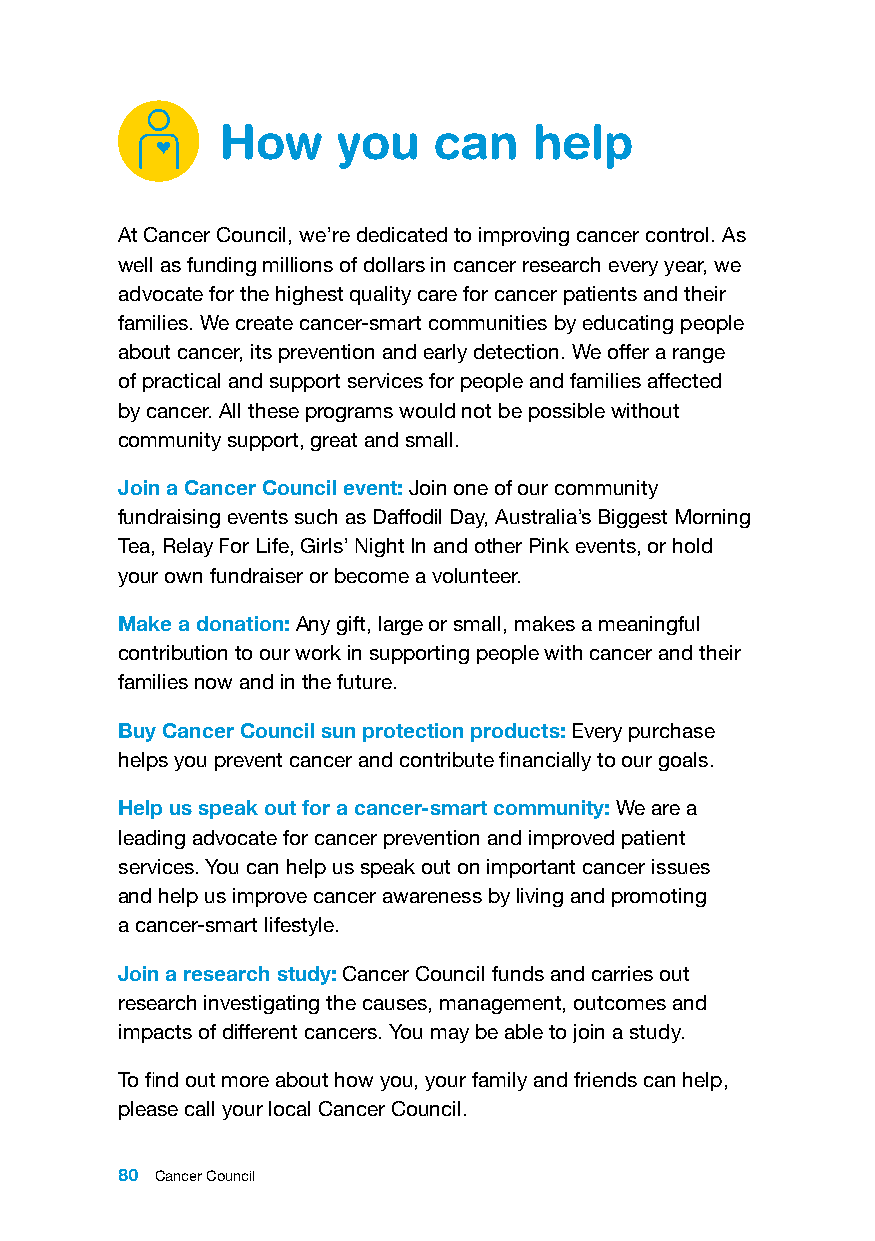
How     you    can   help
 At Cancer Council, we’re dedicated to improving cancer control. As
 well as funding millions of dollars in cancer research every year, we
 advocate for the highest quality care for cancer patients and their
 families. We create cancer-smart communities by educating people
 about cancer, its prevention and early detection. We offer a range
 of practical and support services for people and families affected
 by cancer. All these programs would not be possible without
 community support, great and small.
 Join a Cancer Council event: Join one of our community
 fundraising events such as Daffodil Day, Australia’s Biggest Morning
 Tea, Relay For Life, Girls’ Night In and other Pink events, or hold
 your own fundraiser or become a volunteer.
 Make a donation: Any gift, large or small, makes a meaningful
 contribution to our work in supporting people with cancer and their
 families now and in the future.
 Buy Cancer Council sun protection products: Every purchase
 helps you prevent cancer and contribute financially to our goals.
 Help us speak out for a cancer-smart community: We are a
 leading advocate for cancer prevention and improved patient
 services. You can help us speak out on important cancer issues
 and help us improve cancer awareness by living and promoting
 a cancer-smart lifestyle.
 Join a research study: Cancer Council funds and carries out
 research investigating the causes, management, outcomes and
 impacts of different cancers. You may be able to join a study.
 To find out more about how you, your family and friends can help,
 please call your local Cancer Council.
 80 Cancer Council